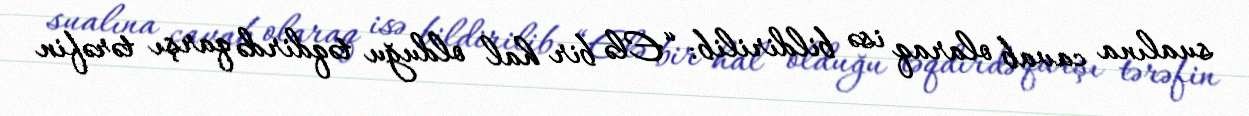
sualına cavab olaraq isə bildirilib: “Elə bir hal olduğu təqdirdə qarşı tərəfin